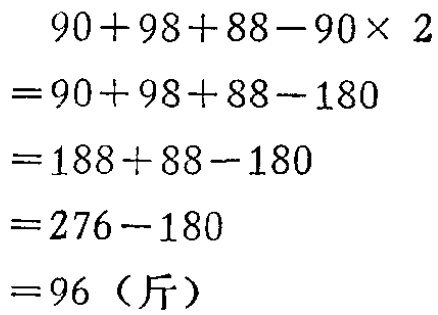
\[
\begin{align*}
&90 + 98 + 88 - 90\times2\\
=&90 + 98 + 88 - 180\\
=&188 + 88 - 180\\
=&276 - 180\\
=&96 \text{（斤）}
\end{align*}
\]